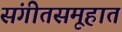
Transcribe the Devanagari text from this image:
संगीतसमूहात